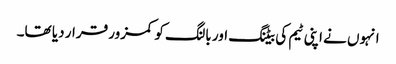
انہوں نے اپنی ٹیم کی بیٹنگ اور بالنگ کو کمزور قرار دیا تھا۔